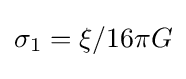
\sigma _{1}=\xi /16\pi G{\Big .}